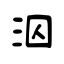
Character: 泅